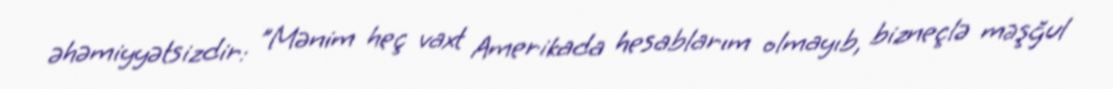
əhəmiyyətsizdir: "Mənim heç vaxt Amerikada hesablarım olmayıb, bizneçlə məşğul